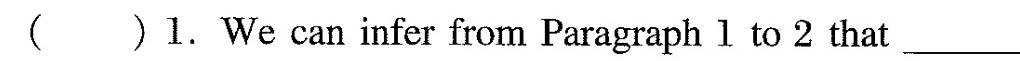
( )1.We can infer from Paragraph l to 2 that